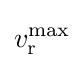
v_{\mathrm {r} }^{\mathrm {max} }